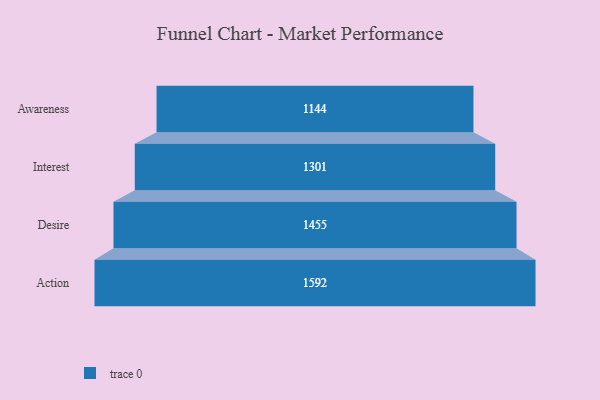
{"axis": {"x": "Stage", "y": "Value"}, "legend": [""], "data": [{"x": "Awareness", "y": 1144.0, "type": ""}, {"x": "Interest", "y": 1301.0, "type": ""}, {"x": "Desire", "y": 1455.0, "type": ""}, {"x": "Action", "y": 1592.0, "type": ""}]}